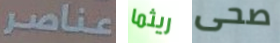
عناصر ريثما صحى